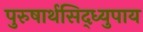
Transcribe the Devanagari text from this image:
पुरुषार्थसिद्ध्युपाय